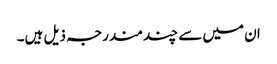
ان میں سے چند مندرجہ ذیل ہیں۔